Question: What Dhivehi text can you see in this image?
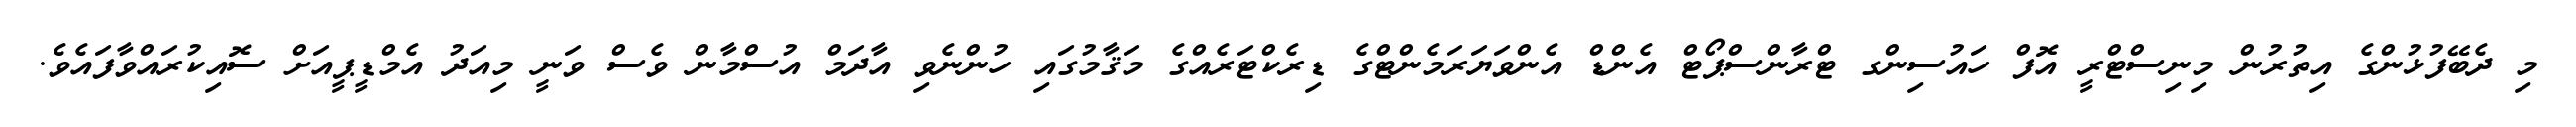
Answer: މި ދެބޭފުޅުންގެ އިތުރުން މިނިސްޓްރީ އޮފް ހައުސިންގ ޓްރާންސްޕޯޓް އެންޑް އެންވަޔަރަމެންޓްގެ ޑިރެކްޓަރެއްގެ މަޤާމުގައި ހުންނެވި އާދަމް އުސްމާން ވެސް ވަނީ މިއަދު އެމްޑީޕީއަށް ސޮއިކުރައްވާފައެވެ.